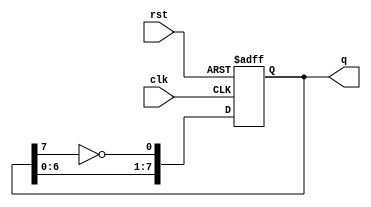
module johnson_counter(
    input wire clk,        // Clock signal
    input wire rst,        // Asynchronous reset
    output reg [7:0] q     // Current state of the counter
);

    // Asynchronous reset and counter logic
    always @(posedge clk or posedge rst) begin
        if (rst) begin
            q <= 8'b00000000; // Reset counter to 0
        end else begin
            // Johnson counter logic
            q <= {q[6:0], ~q[7]}; // Shift left and feed the inverted last bit
        end
    end

endmodule